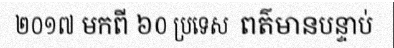
២០១៧ មកពី ៦០ ប្រទេស  ពត៌មានបន្ទាប់